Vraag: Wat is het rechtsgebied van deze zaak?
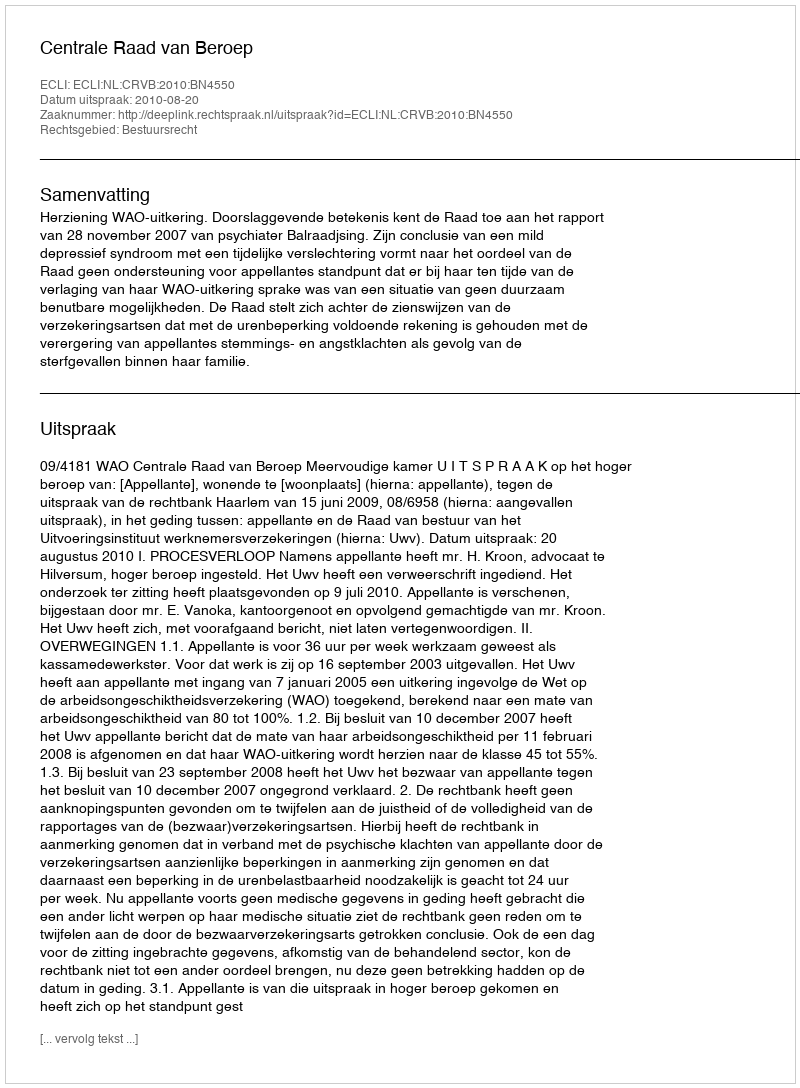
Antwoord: Bestuursrecht